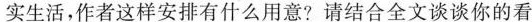
实生活，作者这样安排有什么用意？请结合全文谈谈你的看